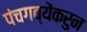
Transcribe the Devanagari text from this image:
पंचगव्येंकरुन